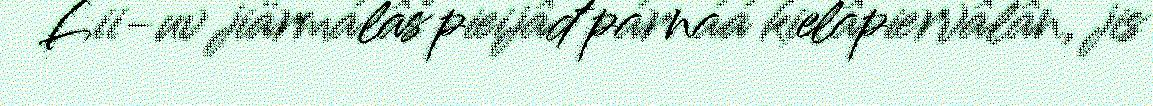
Lii-uv jiärmálâš pieijâđ párnáá kielâpiervâlân, jis